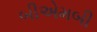
બીએમબી